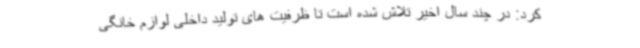
کرد: در چند سال اخیر تلاش شده است تا ظرفیت های تولید داخلی لوازم خانگی